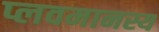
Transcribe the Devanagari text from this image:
प्लवमानस्य